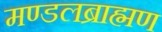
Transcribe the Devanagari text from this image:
मण्डलब्राह्मण